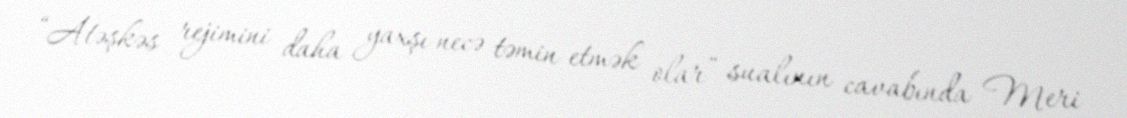
“Atəşkəs rejimini daha yaxşı necə təmin etmək olar” sualının cavabında Meri